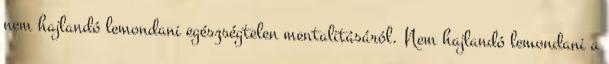
nem hajlandó lemondani egészségtelen mentalitásáról. Nem hajlandó lemondani a